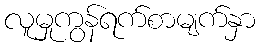
လူမှုကွန်ရက်စာမျက်နှာ